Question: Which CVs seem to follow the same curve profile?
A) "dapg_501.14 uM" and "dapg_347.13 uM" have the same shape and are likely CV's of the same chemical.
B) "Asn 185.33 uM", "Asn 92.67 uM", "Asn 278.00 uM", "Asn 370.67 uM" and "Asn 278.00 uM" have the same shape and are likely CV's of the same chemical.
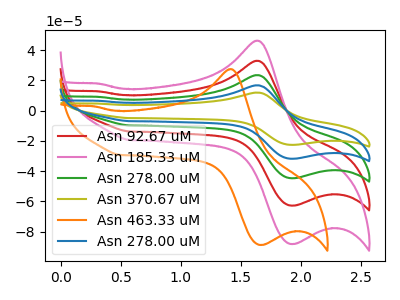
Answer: <think>The red curve "Asn 92.67 uM" has an anodic peak at (1.65V, 32.90uA) and a cathodic peak at (1.95V, -62.80uA). The pink curve "Asn 185.33 uM" has an anodic peak at (1.65V, 46.20uA) and a cathodic peak at (1.95V, -88.20uA). The green curve "Asn 278.00 uM" has an anodic peak at (1.65V, 65.80uA) and a cathodic peak at (1.95V, -125.65uA). The olive curve "Asn 370.67 uM" has an anodic peak at (1.65V, 131.60uA) and a cathodic peak at (1.95V, -251.30uA). The orange curve "Asn 463.33 uM" has an anodic peak at (1.40V, 27.40uA) and a cathodic peak at (1.70V, -88.80uA). The blue curve "Asn 278.00 uM" has an anodic peak at (1.65V, 98.70uA) and a cathodic peak at (1.95V, -188.45uA).
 All the peaks in "Asn 92.67 uM" have a peak in "Asn 185.33 uM" at the same potential. Every peak in "Asn 92.67 uM" is lower than every peak in "Asn 185.33 uM". All the peaks in "Asn 92.67 uM" have a peak in "Asn 278.00 uM" at the same potential. Every peak in "Asn 92.67 uM" is lower than every peak in "Asn 278.00 uM". All the peaks in "Asn 92.67 uM" have a peak in "Asn 370.67 uM" at the same potential. Every peak in "Asn 92.67 uM" is lower than every peak in "Asn 370.67 uM". "Asn 92.67 uM" and "Asn 463.33 uM" have at least one peak that do not match. All the peaks in "Asn 92.67 uM" have a peak in "Asn 278.00 uM" at the same potential. Every peak in "Asn 92.67 uM" is lower than every peak in "Asn 278.00 uM". All the peaks in "Asn 185.33 uM" have a peak in "Asn 278.00 uM" at the same potential. Every peak in "Asn 185.33 uM" is lower than every peak in "Asn 278.00 uM". All the peaks in "Asn 185.33 uM" have a peak in "Asn 370.67 uM" at the same potential. Every peak in "Asn 185.33 uM" is lower than every peak in "Asn 370.67 uM". "Asn 185.33 uM" and "Asn 463.33 uM" have at least one peak that do not match. All the peaks in "Asn 185.33 uM" have a peak in "Asn 278.00 uM" at the same potential. Every peak in "Asn 185.33 uM" is lower than every peak in "Asn 278.00 uM". All the peaks in "Asn 278.00 uM" have a peak in "Asn 370.67 uM" at the same potential. Every peak in "Asn 278.00 uM" is lower than every peak in "Asn 370.67 uM". "Asn 278.00 uM" and "Asn 463.33 uM" have at least one peak that do not match. All the peaks in "Asn 278.00 uM" have a peak in "Asn 278.00 uM" at the same potential. Every peak in "Asn 278.00 uM" is lower than every peak in "Asn 278.00 uM". "Asn 370.67 uM" and "Asn 463.33 uM" have at least one peak that do not match. All the peaks in "Asn 370.67 uM" have a peak in "Asn 278.00 uM" at the same potential. Every peak in "Asn 370.67 uM" is higher than every peak in "Asn 278.00 uM". "Asn 463.33 uM" and "Asn 278.00 uM" have at least one peak that do not match.</think>
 <answer>B) "Asn 185.33 uM", "Asn 92.67 uM", "Asn 278.00 uM", "Asn 370.67 uM" and "Asn 278.00 uM" have the same shape and are likely CV's of the same chemical.</answer>
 <eval>B</eval>